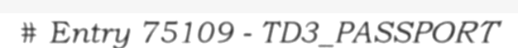
# Entry 75109 - TD3_PASSPORT